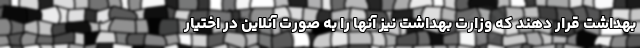
بهداشت قرار دهند که وزارت بهداشت نیز آنها را به صورت آنلاین در اختیار